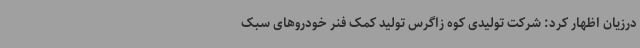
درزیان اظهار کرد: شرکت تولیدی کوه زاگرس تولید کمک فنر خودروهای سبک